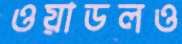
ওয়াডলও